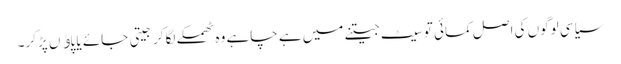
سیاسی لوگوں کی اصل کمائی تو سیٹ جیتنے میں ہے چاہے وہ ٹھمکے لگا کر جیتی جائے یا پاﺅں پڑکر۔